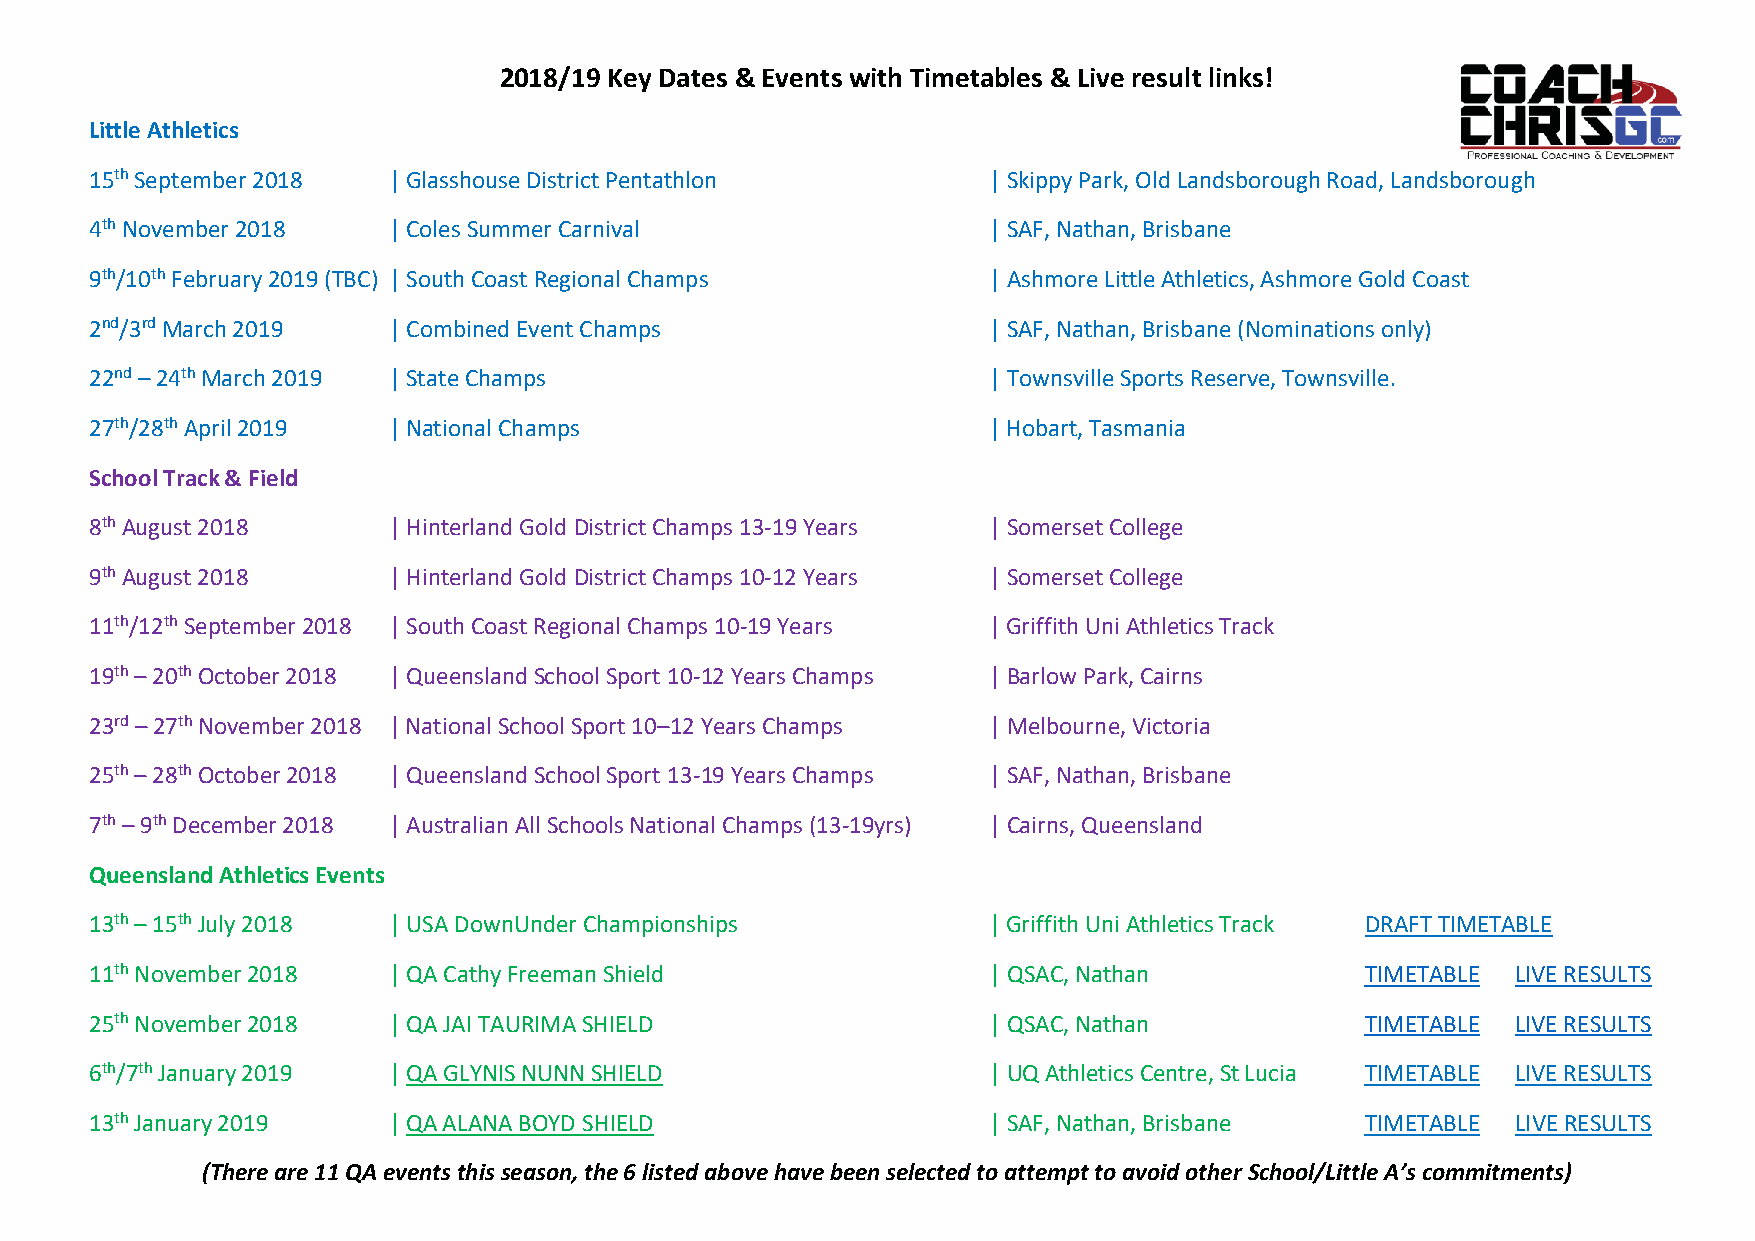
2018/19 Key Dates & Events with Timetables & Live result links!
 Little Athletics
 15th September 2018 | Glasshouse District Pentathlon       | Skippy Park, Old Landsborough Road, Landsborough
 4th November 2018   | Coles Summer Carnival                | SAF, Nathan, Brisbane
 9th/10th February 2019 (TBC) | South Coast Regional Champs | Ashmore Little Athletics, Ashmore Gold Coast
 2nd/3rd March 2019  | Combined Event Champs                | SAF, Nathan, Brisbane (Nominations only)
 22nd – 24th March 2019 | State Champs                      | Townsville Sports Reserve, Townsville.
 27th/28th April 2019 | National Champs                     | Hobart, Tasmania
 School Track & Field
 8th August 2018     | Hinterland Gold District Champs 13-19 Years | Somerset College
 9th August 2018     | Hinterland Gold District Champs 10-12 Years | Somerset College
 11th/12th September 2018 | South Coast Regional Champs 10-19 Years | Griffith Uni Athletics Track
 19th – 20th October 2018 | Queensland School Sport 10-12 Years Champs | Barlow Park, Cairns
 23rd – 27th November 2018 | National School Sport 10–12 Years Champs | Melbourne, Victoria
 25th – 28th October 2018 | Queensland School Sport 13-19 Years Champs | SAF, Nathan, Brisbane
 7th – 9th December 2018 | Australian All Schools National Champs (13-19yrs) | Cairns, Queensland
 Queensland Athletics Events
 13th – 15th July 2018 | USA DownUnder Championships        | Griffith Uni Athletics Track DRAFT TIMETABLE
 11th November 2018  | QA Cathy Freeman Shield              | QSAC, Nathan           TIMETABLE LIVE RESULTS
 25th November 2018  | QA JAI TAURIMA SHIELD                | QSAC, Nathan           TIMETABLE LIVE RESULTS
 6th/7th January 2019 | QA GLYNIS NUNN SHIELD               | UQ Athletics Centre, St Lucia TIMETABLE LIVE RESULTS
 13th January 2019   | QA ALANA BOYD SHIELD                 | SAF, Nathan, Brisbane  TIMETABLE LIVE RESULTS
 (There are 11 QA events this season, the 6 listed above have been selected to attempt to avoid other School/Little A’s commitments)